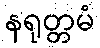
နရုတ္တမံ